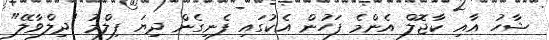
ޝާހު އާއި ކާޖޮލް އެންމެ ފަހުން އެކުގައި ފެނިގެން ދިޔަ ފިލްމު "ދިލްވާލޭ"